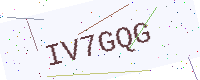
Text: IV7GQG